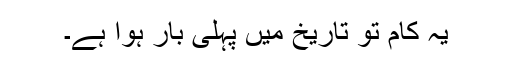
یہ کام تو تاریخ میں پہلی بار ہوا ہے۔